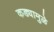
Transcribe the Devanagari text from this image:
कड्यामुळे